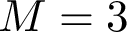
M = 3